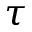
\tau